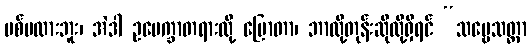
ပစ်မထားဘူး၊ အဲဒါ ဥပေက္ခာတရားလို့ ပြောတာ၊ ဘာလို့တုန်းဆိုလို့ရှိရင် “သဗ္ဗေသတ္တာ